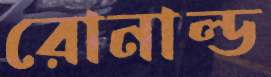
রোনাল্ড